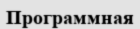
Программная